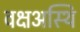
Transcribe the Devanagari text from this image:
वक्षअस्थि